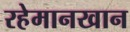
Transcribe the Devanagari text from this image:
रहेमानखान